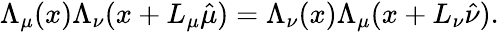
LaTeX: \Lambda_{\mu}(x)\Lambda_{\nu}(x+L_{\mu}\hat{\mu})=\Lambda_{\nu}(x)\Lambda_{\mu}(x+L_{\nu}\hat{\nu}).